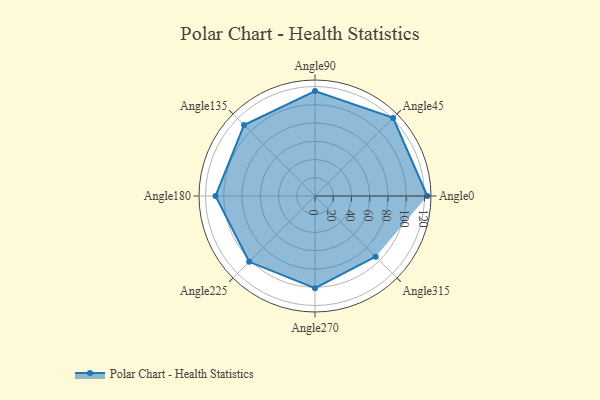
{"axis": {"x": "Angle", "y": "Radius"}, "legend": [""], "data": [{"x": "Angle0", "y": 123.0, "type": ""}, {"x": "Angle45", "y": 121.0, "type": ""}, {"x": "Angle90", "y": 115.0, "type": ""}, {"x": "Angle135", "y": 110.0, "type": ""}, {"x": "Angle180", "y": 109.0, "type": ""}, {"x": "Angle225", "y": 102.0, "type": ""}, {"x": "Angle270", "y": 101.0, "type": ""}, {"x": "Angle315", "y": 94.0, "type": ""}]}